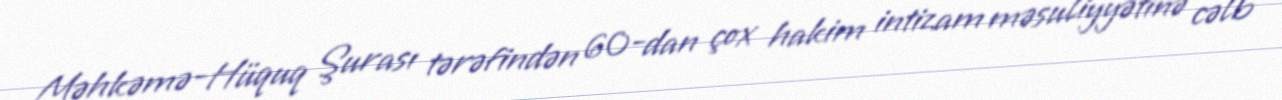
Məhkəmə-Hüquq Şurası tərəfindən 60-dan çox hakim intizam məsuliyyətinə cəlb